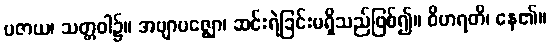
ပဇာယ၊ သတ္တဝါ၌။ အဗျာပဇ္ဈော၊ ဆင်းရဲခြင်းမရှိသည်ဖြစ်၍။ ဝိဟရတိ၊ နေ၏။